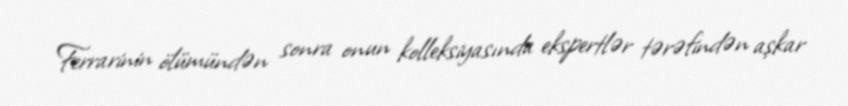
Ferrarinin ölümündən sonra onun kolleksiyasında ekspertlər tərəfindən aşkar